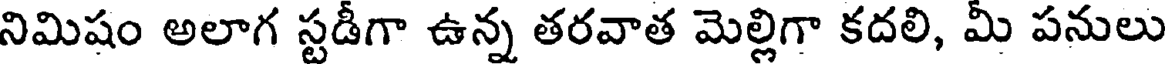
నిమిషం అలాగ స్టడీగా ఉన్న తరవాత మెల్లిగా కదలి, మీ పనులు